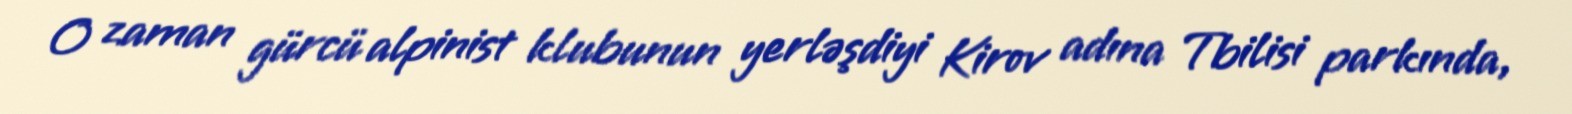
O zaman gürcü alpinist klubunun yerləşdiyi Kirov adına Tbilisi parkında,